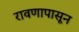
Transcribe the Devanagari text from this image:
रावणापासून